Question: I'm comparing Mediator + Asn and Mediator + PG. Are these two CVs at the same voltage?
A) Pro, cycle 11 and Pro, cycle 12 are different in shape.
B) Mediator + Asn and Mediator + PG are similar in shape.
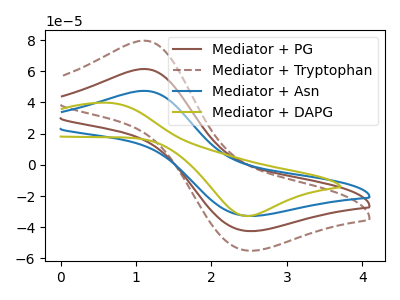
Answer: <think>The brown curve "Mediator + PG" has an anodic peak at (1.10V, 61.45uA) and a cathodic peak at (2.45V, -42.45uA). The brown dashed curve "Mediator + Tryptophan" has an anodic peak at (1.10V, 122.95uA) and a cathodic peak at (2.45V, -84.90uA). The blue curve "Mediator + Asn" has an anodic peak at (1.10V, 47.45uA) and a cathodic peak at (2.45V, -32.75uA). The olive curve "Mediator + DAPG" has an anodic peak at (0.60V, 39.85uA) and a cathodic peak at (2.45V, -32.80uA).
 All the peaks in "Mediator + Asn" have a peak in "Mediator + PG" at the same potential. Every peak in "Mediator + Asn" is lower than every peak in "Mediator + PG".</think>
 <answer>B) "Mediator + Asn" and "Mediator + PG" are similar in shape.</answer>
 <eval>B</eval>